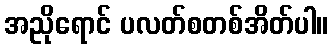
အညိုရောင် ပလတ်စတစ်အိတ်ပါ။